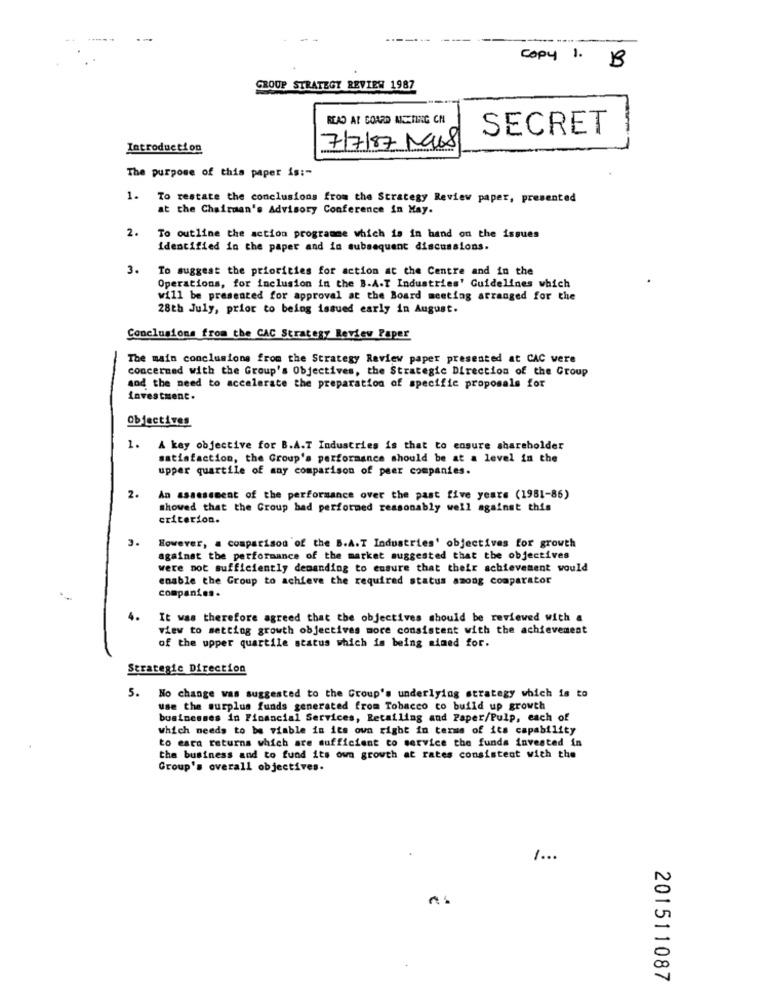
Copy 1. 1B
GROUP STRATEGY REVIEW 1987
READ AT COARD METING CN
SECRET
Introduction
7/7/87 Mais
The purpose of this paper is :-
1. To restate the conclusions from the Strategy Review paper, presented
at the Chairman's Advisory Conference in May.
2.
To outline the action programme which is in hand on the issues
identified in the paper and in subsequent discussions.
3.
To suggest the priorities for action at the Centre and in the
Operations, for inclusion in the B.A.T Industries' Guidelines which
will be presented for approval at the Board meeting arranged for the
28th July, prior to being issued early in August.
Conclusions from the CAC Strategy Review Paper
The main conclusions from the Strategy Review paper presented at CAC were
concerned with the Group's Objectives, the Strategic Direction of the Group
aod the need to accelerate the preparation of specific proposals for
investment.
Objectives
1. A key objective for B.A.T Industries is that to ensure shareholder
satisfaction, the Group's performance should be at a level in the
upper quartile of any comparison of peer companies.
2.
An assessment of the performance over the past five years (1981-86)
showed that the Group bad performed reasonably well against this
criterion.
3.
However, a comparison of the B.A.T Industries' objectives for growth
against the performance of the market suggested that the objectives
were not sufficiently demanding to ensure that their achievement would
enable the Group to achieve the required status among comparator
companies.
4.
It was therefore agreed that the objectives should be reviewed with a
view to setting growth objectives more consistent with the achievement
of the upper quartile status which is being simed for.
Strategic Direction
5. No change was suggested to the Group's underlying strategy which is to
use the surplus funds generated from Tobacco to build up growth
businesses in Financial Services, Retailing and Paper/Pulp, each of
which needs to be viable in its own right in terms of its capability
to esta returns which are sufficient to service the funds invested in
the business and to fund its own growth at rates consistent with the
Group's overall objectives.
201511087